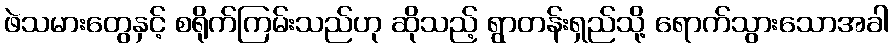
ဖဲသမားတွေနှင့် စရိုက်ကြမ်းသည်ဟု ဆိုသည့် ရွာတန်းရှည်သို့ ရောက်သွားသောအခါ